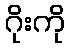
ဂိုးကို